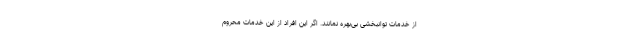
از خدمات توانبخشی بی‌بهره نمانند. اگر این افراد از این خدمات محروم